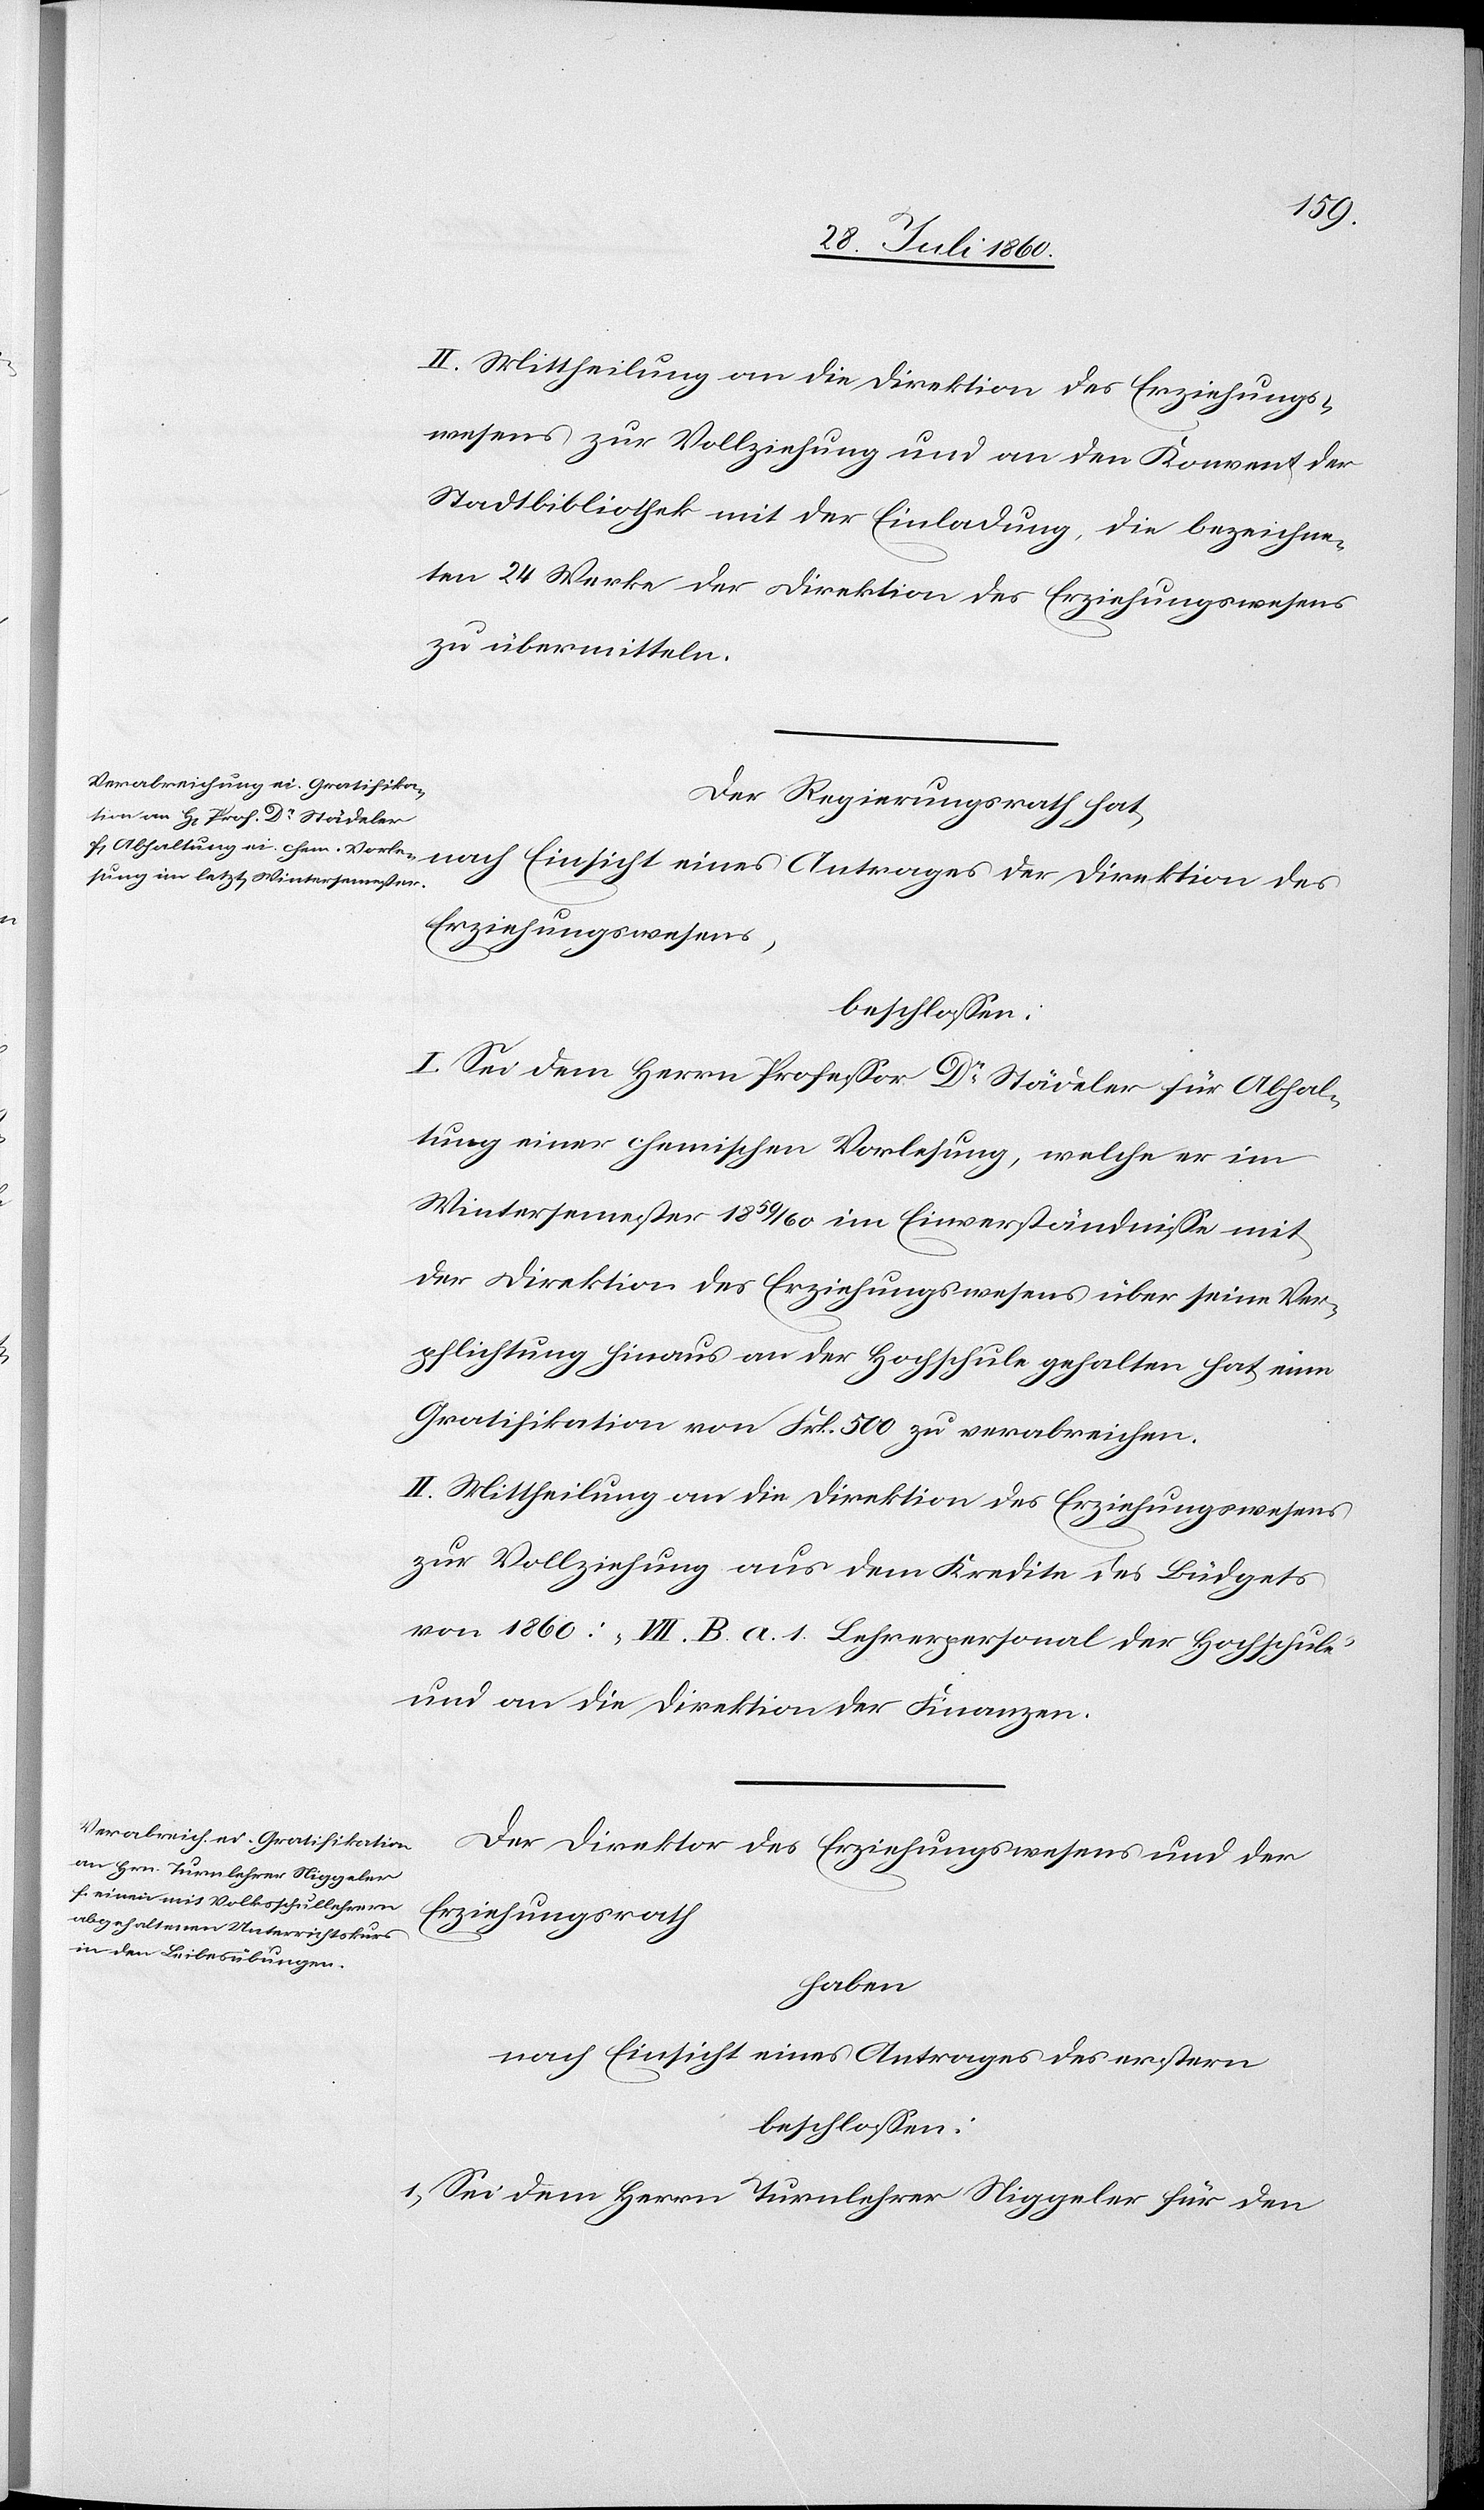
II. Mittheilung an die Direktion des Erziehungsr¬
rathes zur Vollziehung und an den Konvent der
Stadtbibliothek mit der Einladung, die bezeichne¬
ten 24 Werke der Direktion des Erziehungsrathes
zu übermitteln.
Der Regierungsrath hat,
Erziehungswesens
beschlossen:
I. Sei dem Herrn Professor Dr Staedeler für Abhal¬
tung einer chemischen Vorlesung, welche er im
Wintersemester 1859/60 im Einverständnisse mit
der Direktion des Erziehungswesens über seine Ver¬
pflichtung hinaus an der Hochschule gehalten hat, eine
Gratifikation von fcs. 500 zu verabreichen.
zur Vollziehung aus dem Kredite des Budgets
von 1860: „VII B. a. 1. Lehrerpersonal der Hochschule“,
und an die Direktion der Finanzen.
Der Direktor des Erziehungswesens &. der
Erziehungsrath
athes
haben
nach Einsicht eines Antrages des erstern
beschlossen:
I. Sei dem Herrn Turnlehrer Niggeler für den